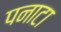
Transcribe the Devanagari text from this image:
पनाटा